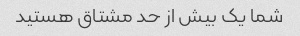
شما یک بیش از حد مشتاق هستید